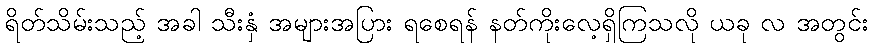
ရိတ်သိမ်းသည့် အခါ သီးနှံ အများအပြား ရစေရန် နတ်ကိုးလေ့ရှိကြသလို ယခု လ အတွင်း